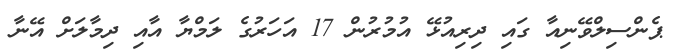
ޕެންސިލްވޭނިއާ ގައި ދިރިއުޅޭ އުމުރުން 17 އަހަރުގެ ލަމްޔާ އާއި ދިމާލަށް އޭނާ